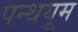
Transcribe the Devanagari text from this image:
पन्थयूम